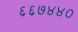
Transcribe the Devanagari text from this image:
६६७४४०